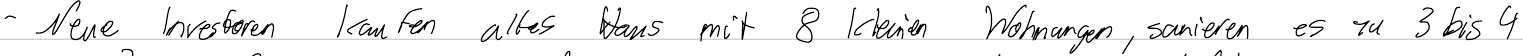
- Neue Investoren kaufen altes Haus mit 8 kleinen Wohnungen, sanieren es zu 3 bis 4